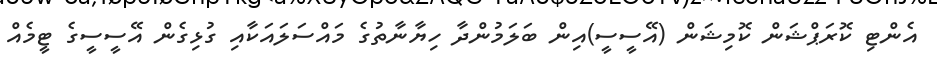
އެންޓި ކޮރަޕްޝަން ކޮމިޝަން (އޭސީސީ)އިން ބަލަމުންދާ ހިޔާނާތުގެ މައްސަލައަކާއި ގުޅިގެން އޭސީސީގެ ޓީމެއް